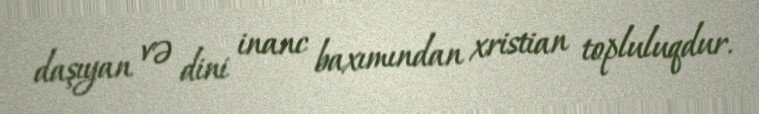
daşıyan və dini inanc baxımından xristian topluluqdur.